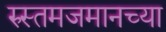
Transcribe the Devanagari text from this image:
रुस्तमजमानच्या